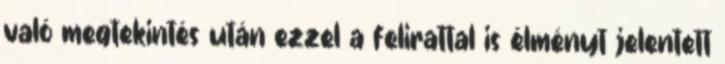
való megtekintés után ezzel a felirattal is élményt jelentett